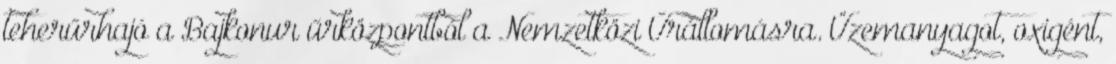
teherűrhajó a Bajkonur űrközpontból a Nemzetközi Űrállomásra. Üzemanyagot, oxigént,